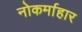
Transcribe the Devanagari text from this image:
नोकर्माहार